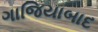
ગાજિયાબાદ